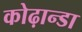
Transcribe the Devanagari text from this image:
कोढ़ान्‍डा